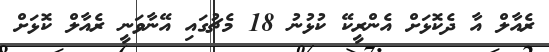
ރެއާލް އާ ދެކޮޅަށް އެންރީކޭ ކުޅުނު 18 މެޗުގައި އޭނާވަނީ ރެއާލް ކޮޅަށް